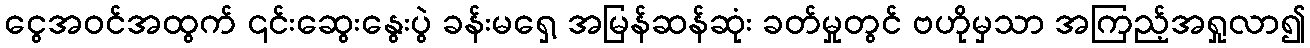
ငွေအဝင်အထွက် ၎င်းဆွေးနွေးပွဲ ခန်းမရှေ့ အမြန်ဆန်ဆုံး ခတ်မှုတွင် ဗဟိုမှသာ အကြည့်အရှုလာ၍